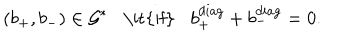
LaTeX: ( b _ { + } , b _ { - } ) \in { \cal G ^ { * } } \mathrm { \it { i f } } b _ { + } ^ { d i a g } + b _ { - } ^ { d i a g } = 0 .